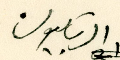
الشهابيون